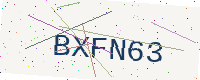
Text: BXFN63